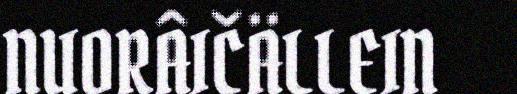
NUORÂIČÄLLEIN